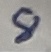
Text: 8